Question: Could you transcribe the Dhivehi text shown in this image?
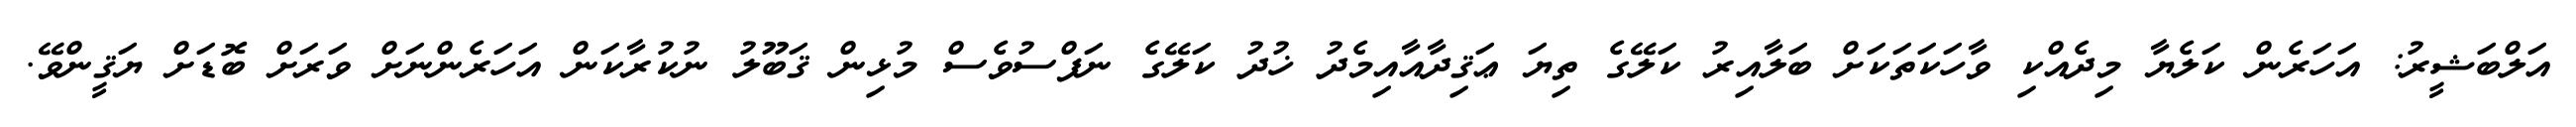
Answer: އަލްބަޝީރު: އަހަރެން ކަލެޔާ މިދެއްކި ވާހަކަތަކަށް ބަލާއިރު ކަލޭގެ ތިޔަ ޢަޤިދާއާއިމެދު ޚުދު ކަލޭގެ ނަފްސުވެސް މުޅިން ޤަބޫލު ނުކުރާކަން އަހަރެންނަށް ވަރަށް ބޮޑަށް ޔަޤީންވޭ.